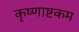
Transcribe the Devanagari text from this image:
कृष्णाष्टकम